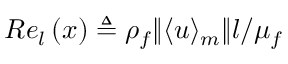
R e _ { l } \left( \boldsymbol { x } \right) \triangleq \rho _ { f } \| \langle \boldsymbol { u } \rangle _ { m } \| l / \mu _ { f }